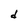
Character: d